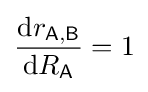
{\frac {{\textrm {d}}r_{\mathsf {A,B}}}{{\textrm {d}}R_{\mathsf {A}}}}=1